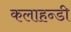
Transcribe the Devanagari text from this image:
कलाहन्डी